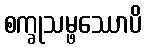
စက္ခုသမ္ဖဿောပိ